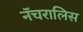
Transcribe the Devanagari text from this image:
नॅचरालिस